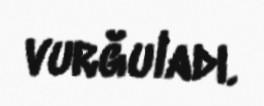
vurğuladı.